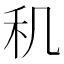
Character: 𬓠